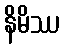
နိမိဿ